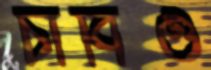
চাবিও